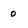
Character: o